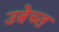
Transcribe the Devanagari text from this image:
उत्रेच्त